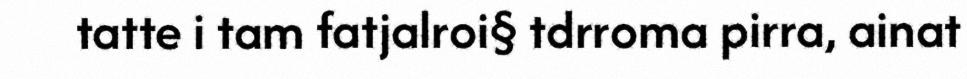
tatte i tam fatjalroi§ tdrroma pirra, ainat